Indian journal of veterinary science and animal husbandry - Volumes 15-17, 1948-1951
Year: 1948
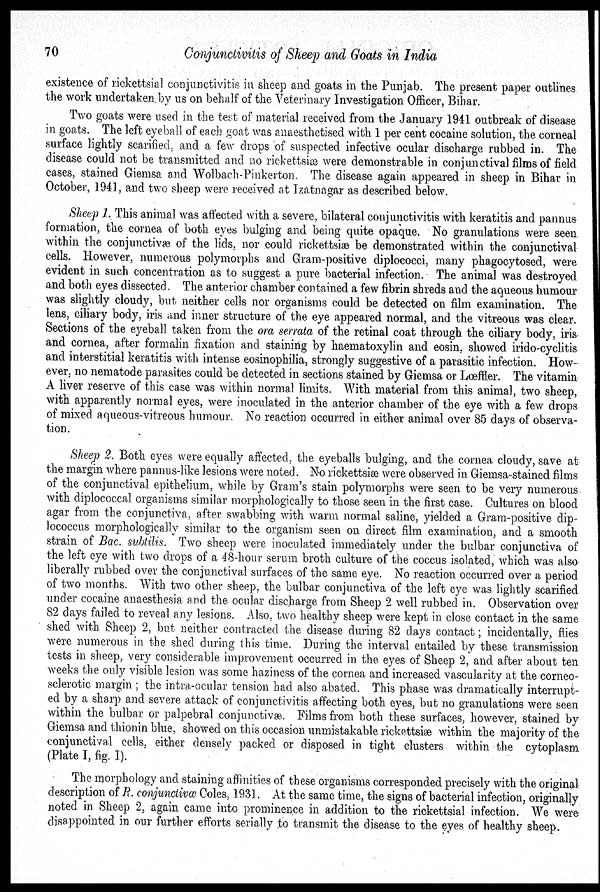
70
Conjunctivitis of Sheep and Goats in India
existence of rickettsial conjunctivitis in sheep and goats in the Punjab. The present paper outlines
the work undertaken by us on behalf of the Veterinary Investigation Officer, Bihar.
Two goats were used in the test of material received from the January 1941 outbreak of disease
in goats. The left eyeball of each goat was anaesthetised with 1 per cent cocaine solution, the corneal
surface lightly scarified, and a few drops of suspected infective ocular discharge rubbed in. The
disease could not be transmitted and no rickettsiæ were demonstrable in conjunctival films of field
cases, stained Giemsa and Wolbach-Pinkerton. The disease again appeared in sheep in Bihar in
October, 1941, and two sheep were received at Izatnagar as described below.
Sheep 1. This animal was affected with a severe, bilateral conjunctivitis with keratitis and pannus
formation, the cornea of both eyes bulging and being quite opaque. No granulations were seen
within the conjunctivæ of the lids, nor could rickettsiæ be demonstrated within the conjunctival
cells. However, numerous polymorphs and Gram-positive diplococci, many phagocytosed, were
evident in such concentration as to suggest a pure bacterial infection. The animal was destroyed
and both eyes dissected. The anterior chamber contained a few fibrin shreds and the aqueous humour
was slightly cloudy, but neither cells nor organisms could be detected on film examination. The
lens, ciliary body, iris and inner structure of the eye appeared normal, and the vitreous was clear.
Sections of the eyeball taken from the ora serrata of the retinal coat through the ciliary body, iris
and cornea, after formalin fixation and staining by haematoxylin and eosin, showed irido-cyclitis
and interstitial keratitis with intense eosinophilia, strongly suggestive of a parasitic infection. How-
ever, no nematode parasites could be detected in sections stained by Giemsa or Læffler. The vitamin
A liver reserve of this case was within normal limits. With material from this animal, two sheep,
with apparently normal eyes, were inoculated in the anterior chamber of the eye with a few drops
of mixed aqueous-vitreous humour. No reaction occurred in either animal over 85 days of observa-
tion.
Sheep 2. Both eyes were equally affected, the eyeballs bulging, and the cornea cloudy, save at
the margin where pannus-like lesions were noted. No rickettsiæ were observed in Giemsa-stained films
of the conjunctival epithelium, while by Gram's stain polymorphs were seen to be very numerous
with diplococcal organisms similar morphologically to those seen in the first case. Cultures on blood
agar from the conjunctiva, after swabbing with warm normal saline, yielded a Gram-positive dip-
lococcus morphologically similar to the organism seen on direct film examination, and a smooth
strain of Bac. subtilis. Two sheep were inoculated immediately under the bulbar conjunctiva of
the left eye with two drops of a 48-hour serum broth culture of the coccus isolated, which was also
liberally rubbed over the conjunctival surfaces of the same eye. No reaction occurred over a period
of two months. With two other sheep, the bulbar conjunctiva of the left eye was lightly scarified
under cocaine anaesthesia and the ocular discharge from Sheep 2 well rubbed in. Observation over
82 days failed to reveal any lesions. Also, two healthy sheep were kept in close contact in the same
shed with Sheep 2, but neither contracted the disease during 82 days contact; incidentally, flies
were numerous in the shed during this time. During the interval entailed by these transmission
tests in sheep, very considerable improvement occurred in the eyes of Sheep 2, and after about ten
weeks the only visible lesion was some haziness of the cornea and increased vascularity at the corneo-
sclerotic margin; the intra-ocular tension had also abated. This phase was dramatically interrupt-
ed by a sharp and severe attack of conjunctivitis affecting both eyes, but no granulations were seen
within the bulbar or palpebral conjunctivæ. Films from both these surfaces, however, stained by
Giemsa and thionin blue, showed on this occasion unmistakable rickettsiæ within the majority of the
conjunctival cells, either densely packed or disposed in tight clusters within the cytoplasm
(Plate I, fig. I).
The morphology and staining affinities of these organisms corresponded precisely with the original
description of R. conjunctivæ Coles, 1931. At the same time, the signs of bacterial infection, originally
noted in Sheep 2, again came into prominence in addition to the rickettsial infection. We were
disappointed in our further efforts serially to transmit the disease to the eyes of healthy sheep.